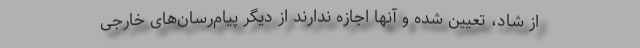
از شاد، تعیین شده و آنها اجازه ندارند از دیگر پیام‌رسان‌های خارجی